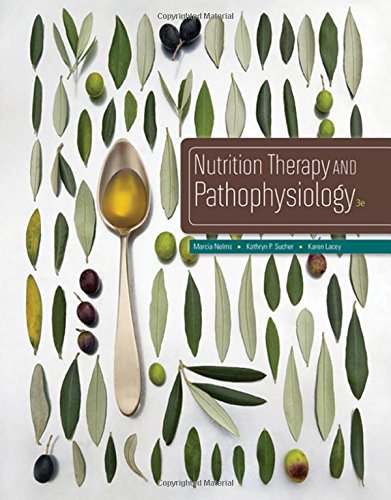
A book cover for Nutrition Therapy and Pathophysiology; Marcia Nelms; Medical Books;